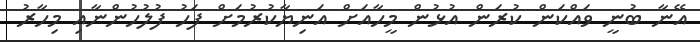
އޭނާ ބުނީ ވައްކަން ކުރަން އުޅުން މީހާއަށް އަނިޔާކުރުމަށް ފަހު ފުލުހުންނާއި މިހާރު